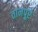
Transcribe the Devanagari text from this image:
तानपूरे